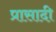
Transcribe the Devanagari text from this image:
प्रासादी